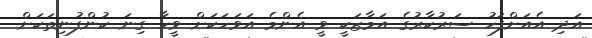
އަދި އެއަށްފަހު ސަރުކާރުގެ އަމާޒަކީ ވީ އެންމެ އަވަހަކަށް ވީހާ ގިނަ ކުންފުނިތަކަށް